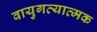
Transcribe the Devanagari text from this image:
वायुगत्यात्मक